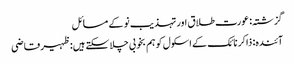
گزشتہ: عورت طلاق اور تہذیب نو کے مسائل
آئندہ: ذاکر نائک کے اسکول کو ہم بخوبی چلا سکتے ہیں:ظہیرقاضی